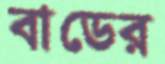
বাডের